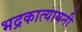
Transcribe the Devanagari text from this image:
भद्रकात्यायनी